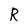
Character: R